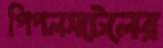
পিপলসটেলের